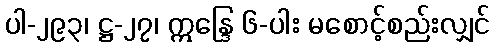
ပါ-၂၉၃၊ ဋ္ဌ-၂၇၊ ဣန္ဒြေ ၆-ပါး မစောင့်စည်းလျှင်